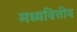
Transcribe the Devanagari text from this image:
मध्यवित्तीय